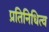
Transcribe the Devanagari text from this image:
प्रतिनिधित्व